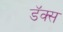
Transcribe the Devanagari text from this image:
डॅक्स